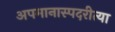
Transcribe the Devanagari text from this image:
अपमानास्पदरीत्या